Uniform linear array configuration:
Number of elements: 32
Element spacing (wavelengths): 0.25
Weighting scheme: hann
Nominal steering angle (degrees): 60
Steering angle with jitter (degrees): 61.34
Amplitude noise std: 0.05
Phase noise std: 0.05

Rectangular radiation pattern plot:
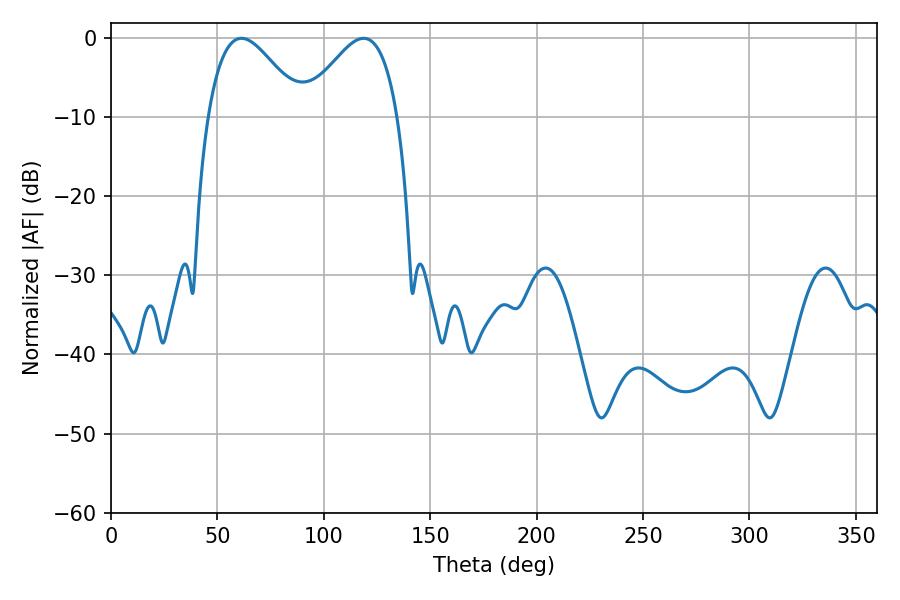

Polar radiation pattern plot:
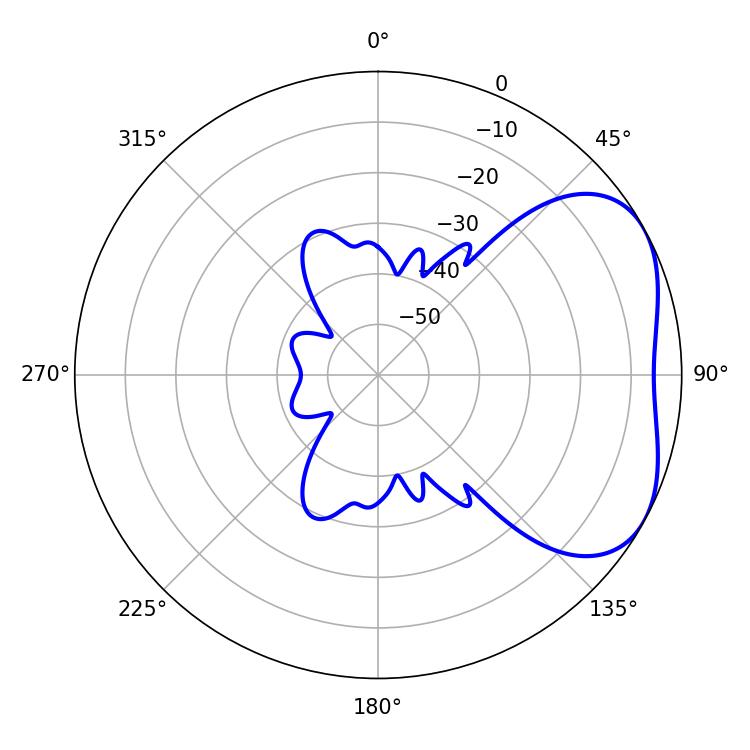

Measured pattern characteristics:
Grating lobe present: FALSE
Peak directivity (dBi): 3.887
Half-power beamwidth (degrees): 23.76
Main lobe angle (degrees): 61.38